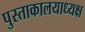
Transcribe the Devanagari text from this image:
पुस्ताकालयाध्यक्ष